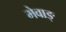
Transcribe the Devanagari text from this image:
मेवाङ्